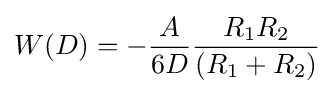
W(D)=-{\frac {A}{6D}}{\frac {R_{1}R_{2}}{(R_{1}+R_{2})}}